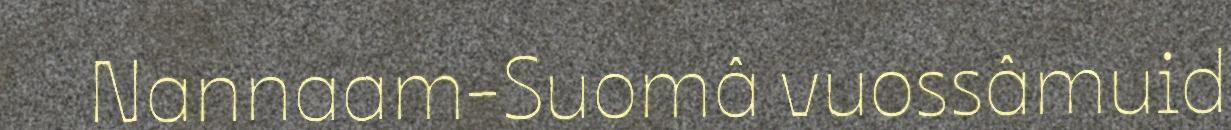
Nannaam-Suomâ vuossâmuid